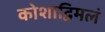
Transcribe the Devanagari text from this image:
कोशाद्विमलं